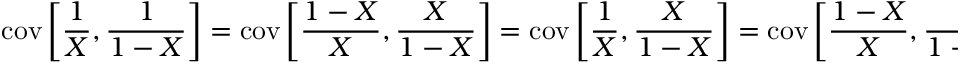
\operatorname { c o v } \left[ { \frac { 1 } { X } } , { \frac { 1 } { 1 - X } } \right] = \operatorname { c o v } \left[ { \frac { 1 - X } { X } } , { \frac { X } { 1 - X } } \right] = \operatorname { c o v } \left[ { \frac { 1 } { X } } , { \frac { X } { 1 - X } } \right] = \operatorname { c o v } \left[ { \frac { 1 - X } { X } } , { \frac { 1 } { 1 - X } } \right] = { \frac { \alpha + \beta - 1 } { ( \alpha - 1 ) ( \beta - 1 ) } } { \mathrm { ~ i f ~ } } \alpha , \beta > 1